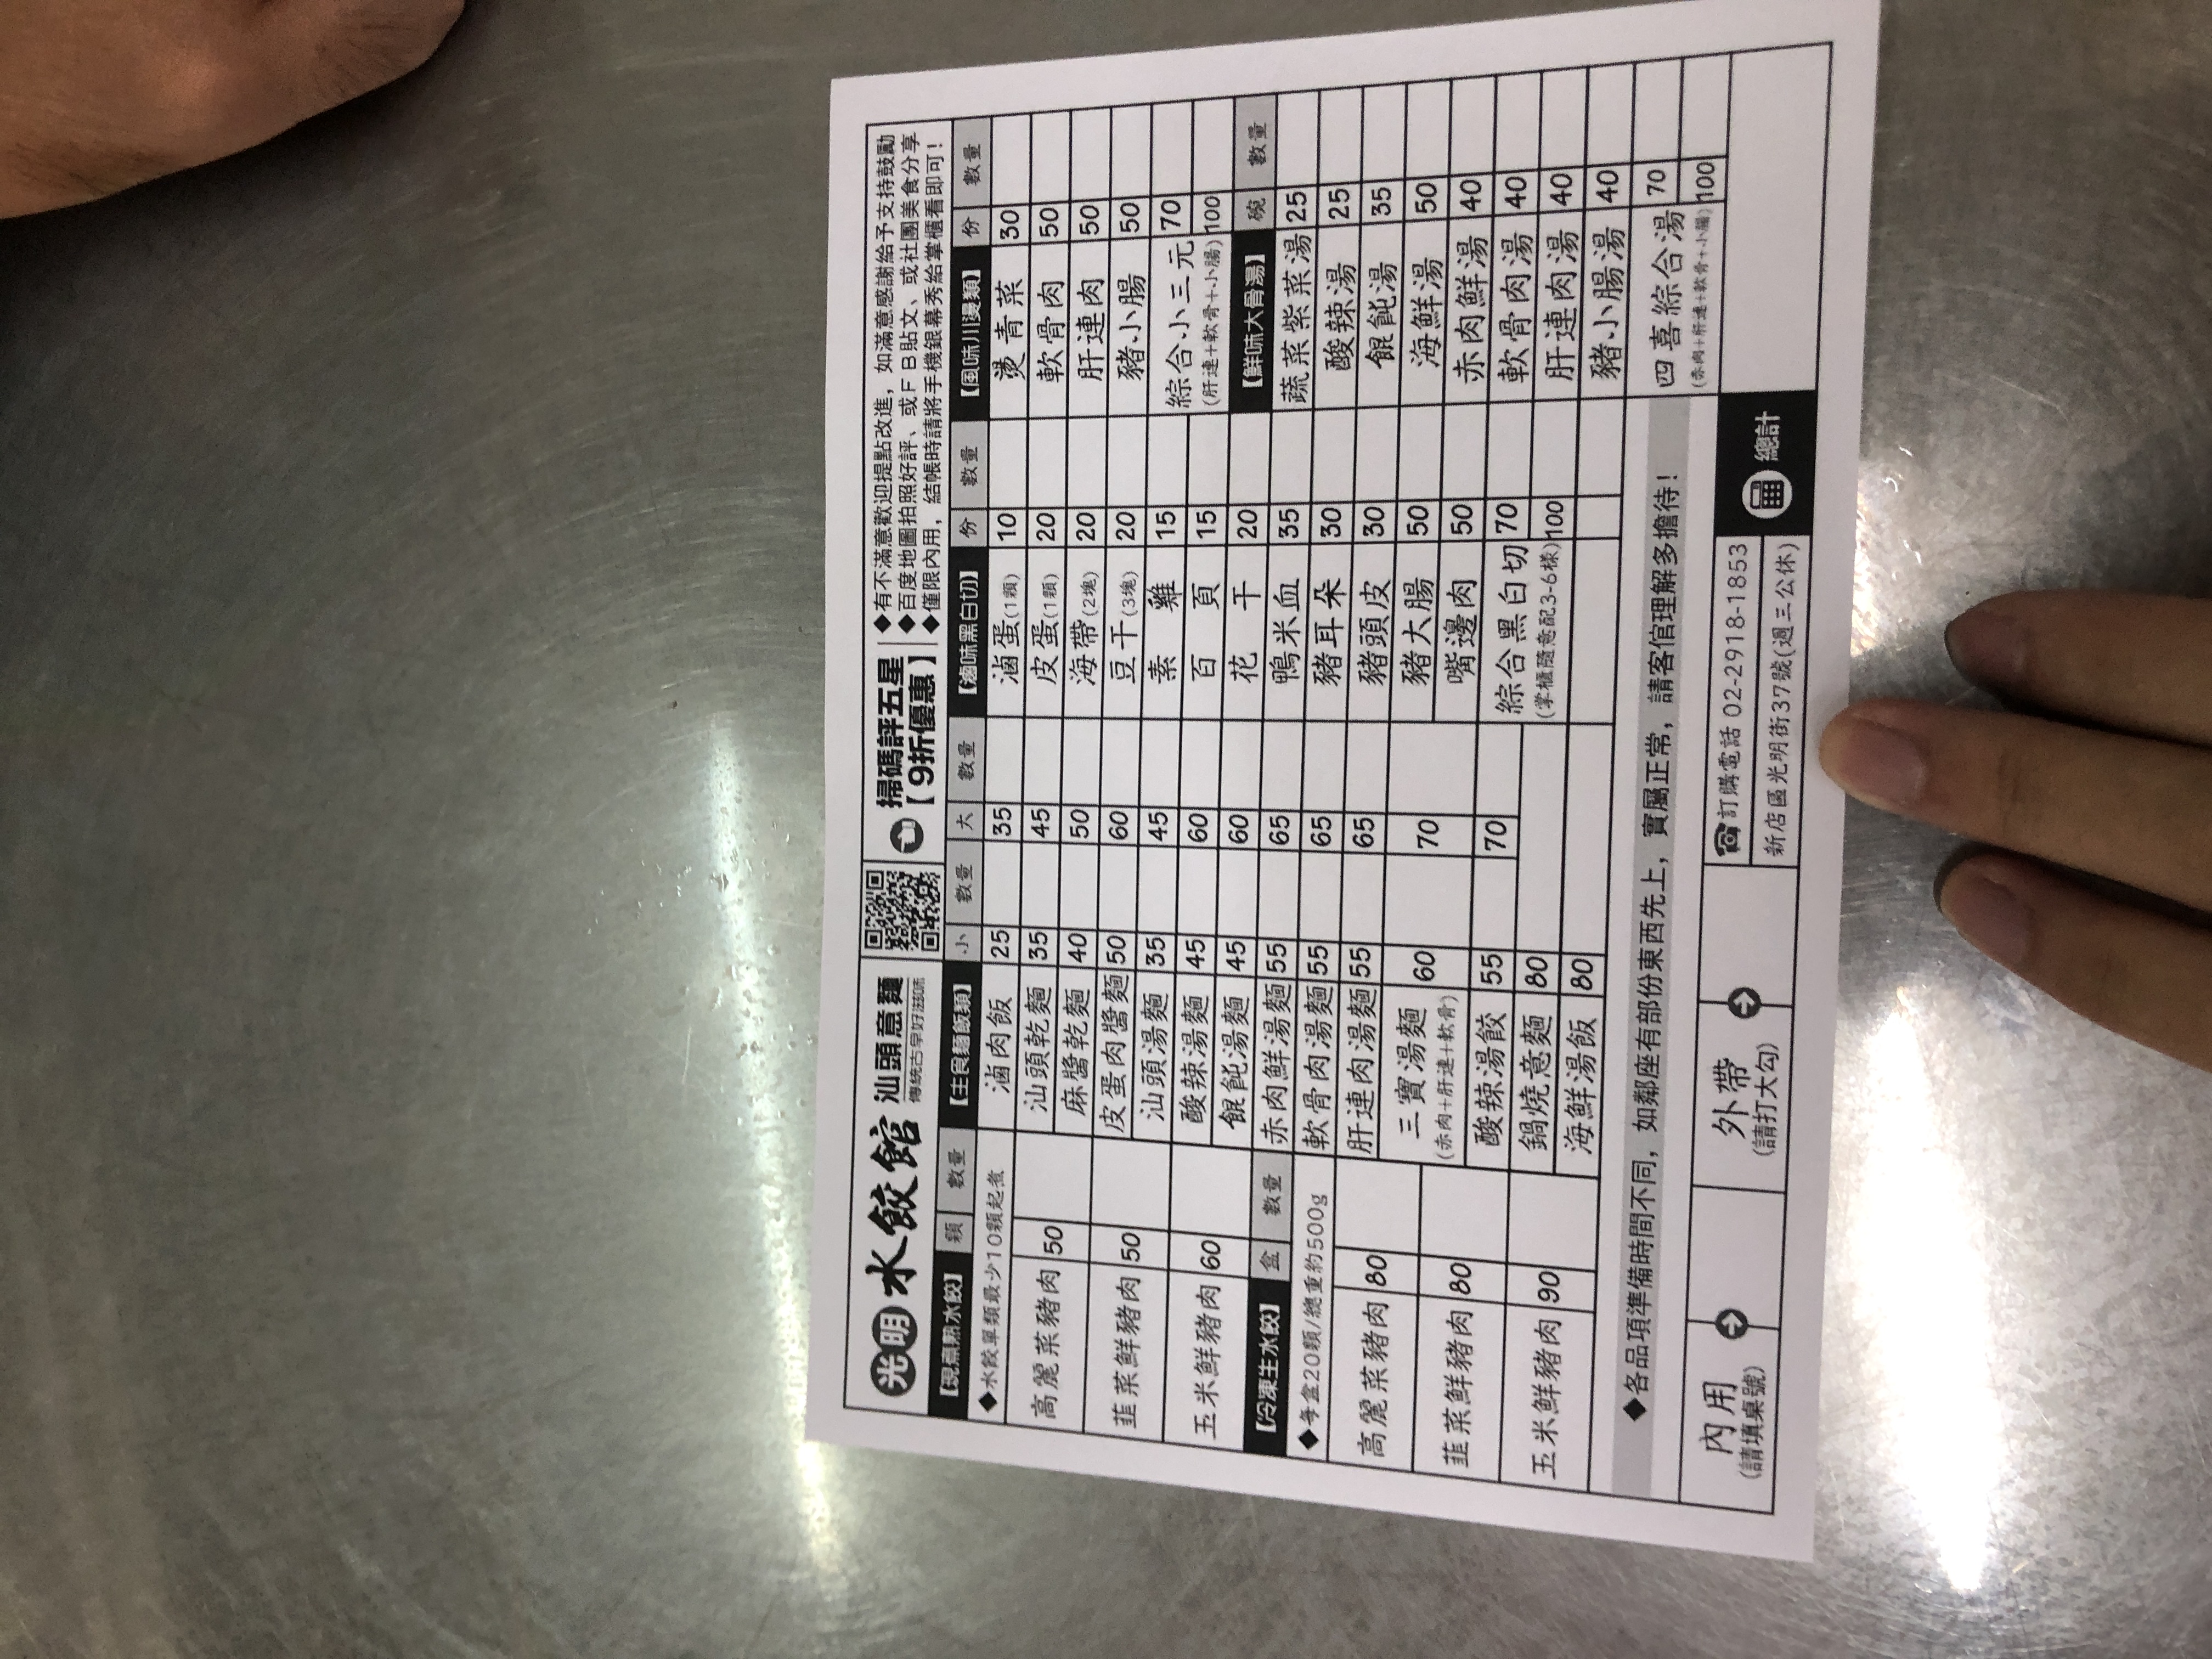
餐廳：光明水餃館
地址：新店區光明街37號
電話：02-2918-1853
菜單：
name: 高麗菜豬肉
price: 50
name: 韭菜鮮豬肉
price: 50
name: 玉米鮮豬肉
price: 60
name: 高麗菜蝦肉
price: 80
name: 韭菜鮮蝦肉
price: 80
name: 玉米鮮蝦肉
price: 80
name: 高麗菜豬肉 (冷凍)
price: 80
name: 韭菜鮮豬肉 (冷凍)
price: 80
name: 玉米鮮豬肉 (冷凍)
price: 90
name: 滷肉飯 (小)
price: 25
name: 滷肉飯 (大)
price: 35
name: 汕頭乾麵 (小)
price: 35
name: 汕頭乾麵 (大)
price: 45
name: 麻醬乾麵
price: 40
name: 滷蛋
price: 10
name: 皮蛋
price: 20
name: 海帶
price: 10
name: 豆干
price: 20
name: 魯蛋
price: 15
name: 貢丸
price: 15
name: 百頁
price: 30
name: 花干
price: 30
name: 鴨米血
price: 30
name: 豬耳朵
price: 50
name: 豬頭皮
price: 50
name: 豬大腸
price: 70
name: 嘴邊肉
price: 70
name: 綜合黑白切
price: 100
name: 豬心
price: 50
name: 豬肝
price: 50
name: 豬肺
price: 50
name: 豬小腸
price: 50
name: 綜合小三元
price: 70
name: 燙青菜
price: 30
name: 軟骨肉
price: 50
name: 肝連肉
price: 50
name: 豬肺 (川味)
price: 50
name: 豬心 (川味)
price: 50
name: 豬肝 (川味)
price: 50
name: 豬小腸 (川味)
price: 50
name: 綜合大四喜
price: 100
name: 蔬菜翠菜湯
price: 25
name: 酸辣湯
price: 25
name: 餛飩湯
price: 35
name: 銀耳湯
price: 35
name: 海鮮湯
price: 50
name: 赤肉鮮湯
price: 40
name: 軟骨肉湯
price: 40
name: 肝連肉湯
price: 40
name: 豬小腸湯
price: 40
name: 綜合湯
price: 70
name: 四喜綜合湯
price: 100